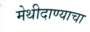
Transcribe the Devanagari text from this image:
मेथीदाण्याचा